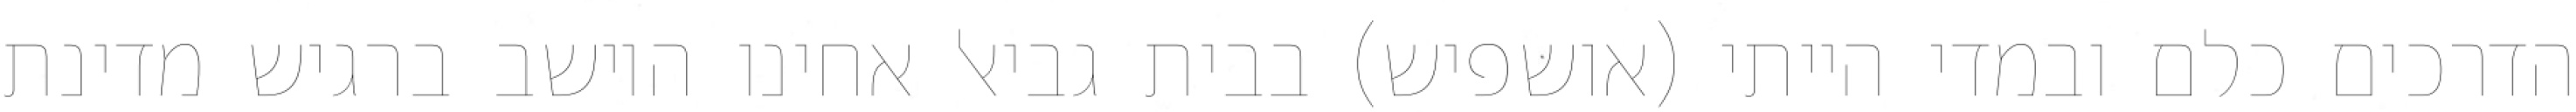
הדרכים כלם ובמדי הייתי (אושפיש) בבית גביאל אחינו היושב ברגיש מדינת